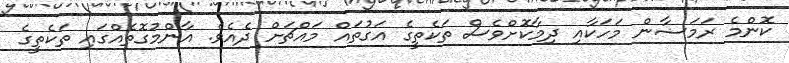
ކޮންމެ ރަމަޟާން މަހަކާއި ދިމާކޮށްވެސް ތަކެތީގެ އަގުތައް މައްޗަށް ދެއެވެ. އާންމުގޮތެއްގައި ތަކެތީގެ